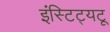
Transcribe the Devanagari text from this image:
इंस्टिट्यटू